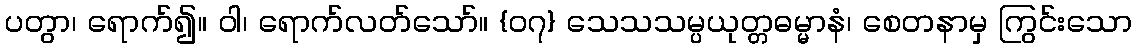
ပတွာ၊ ရောက်၍။ ဝါ၊ ရောက်လတ်သော်။ {၀၇} သေသသမ္ပယုတ္တဓမ္မာနံ၊ စေတနာမှ ကြွင်းသော